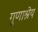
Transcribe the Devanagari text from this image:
गुणाश्रेय